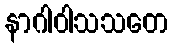
နာဂါဝါသသတေ